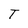
Character: T